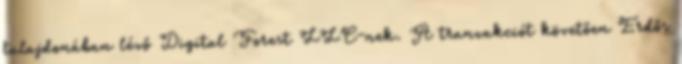
tulajdonában lévő Digital Forest LLC-nek. A tranzakciót követően Erdős